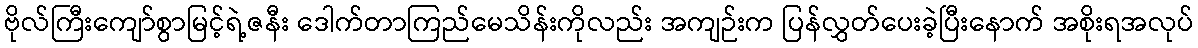
ဗိုလ်ကြီးကျော်စွာမြင့်ရဲ့ဇနီး ဒေါက်တာကြည်မေသိန်းကိုလည်း အကျဉ်းက ပြန်လွှတ်ပေးခဲ့ပြီးနောက် အစိုးရအလုပ်